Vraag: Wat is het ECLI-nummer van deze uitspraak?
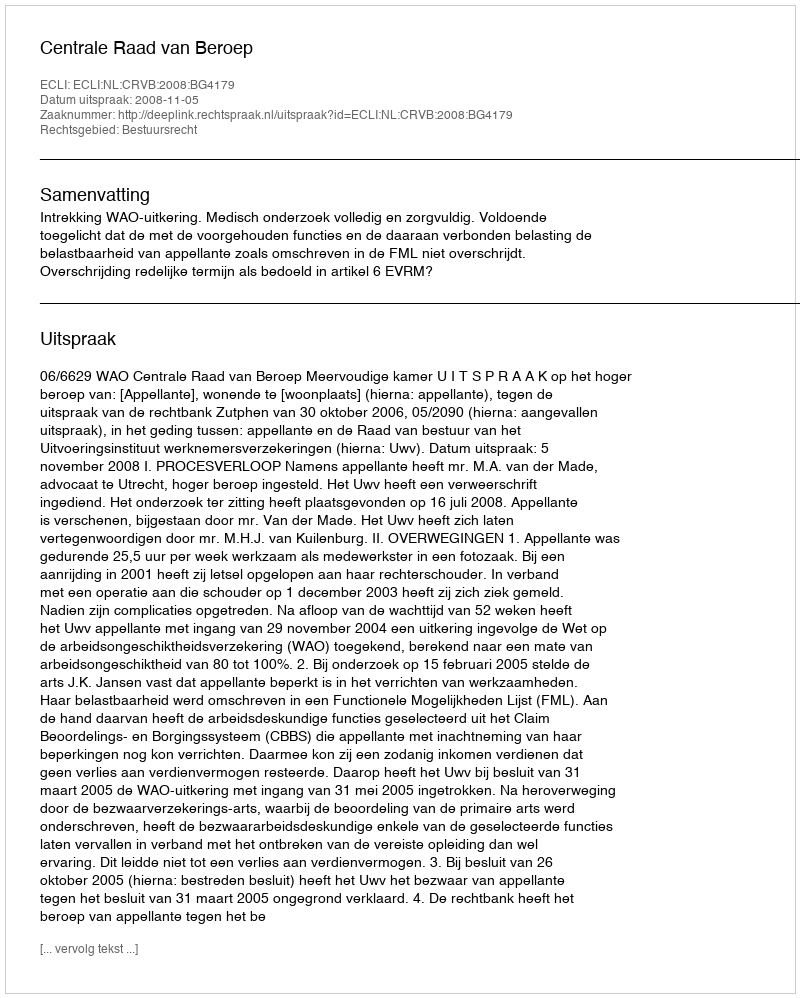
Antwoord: ECLI:NL:CRVB:2008:BG4179